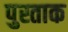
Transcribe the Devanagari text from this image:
पुस्ताक